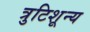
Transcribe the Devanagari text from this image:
त्रुटिशून्य